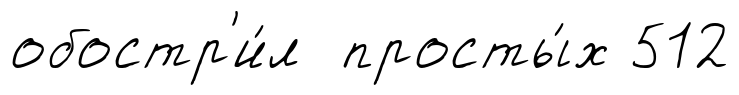
обостр'и́л просты́х 512